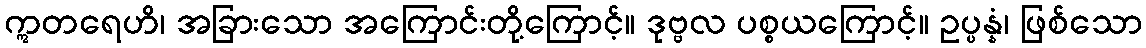
ဣတရေဟိ၊ အခြားသော အကြောင်းတို့ကြောင့်။ ဒုဗ္ဗလ ပစ္စယကြောင့်။ ဥပ္ပန္နံ၊ ဖြစ်သော